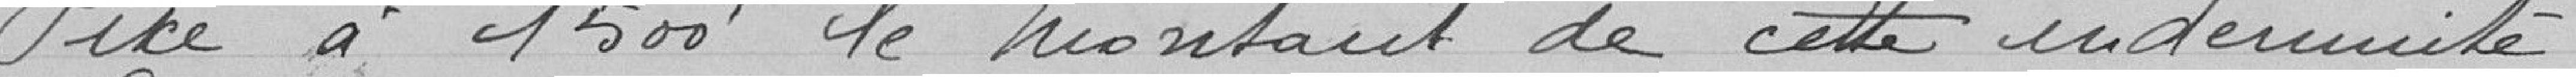
Fixé à 1500 Francs le montant de cette indemnité